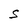
Character: S